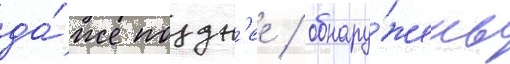
да́же поздн'ее / обнару́жены